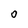
Character: 0